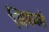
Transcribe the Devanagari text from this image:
विकलं